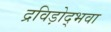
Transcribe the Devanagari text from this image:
द्रविड़ोद्भवा